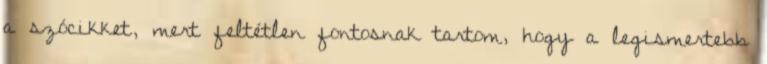
a szócikket, mert feltétlen fontosnak tartom, hogy a legismertebb